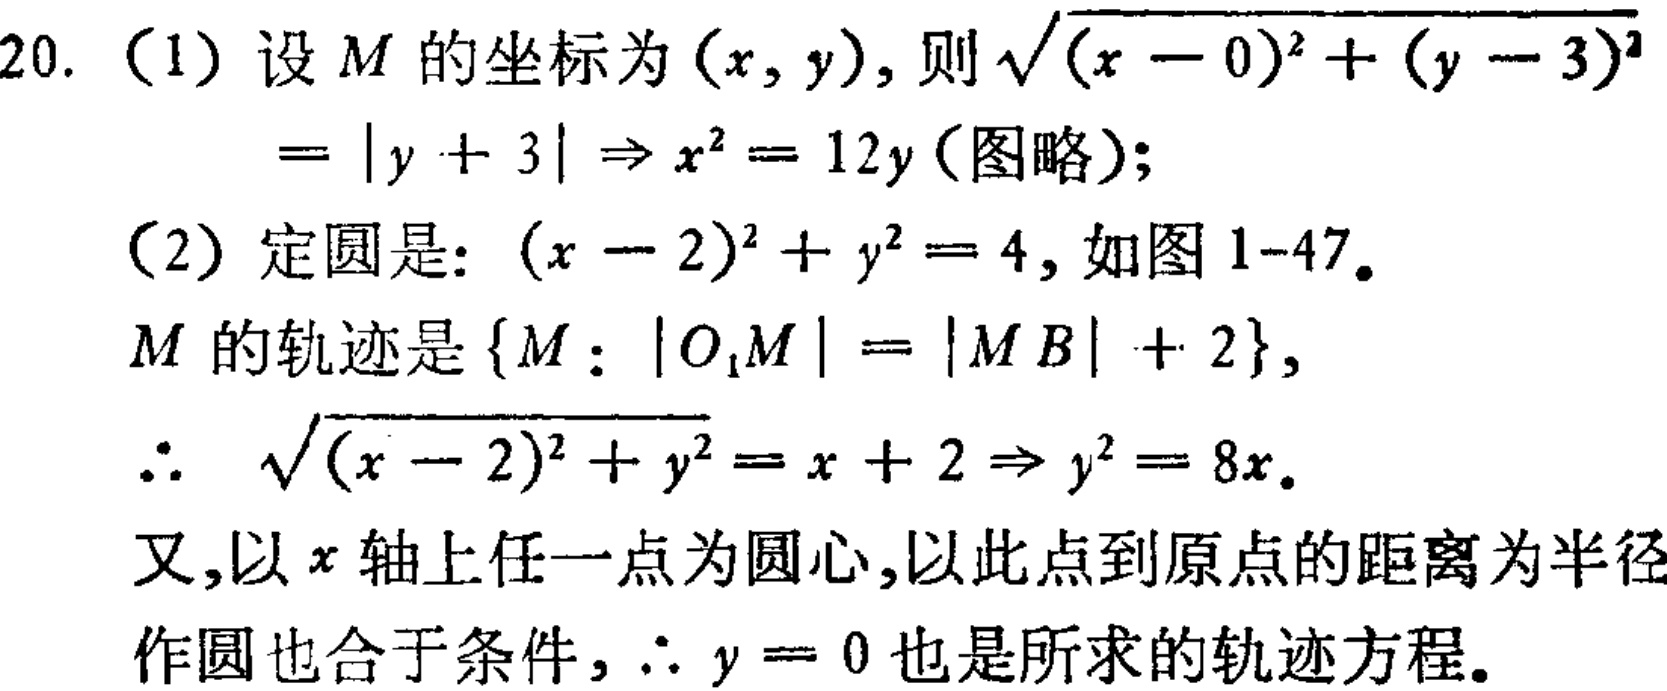
20. （1）设\(M\)的坐标为\((x,y)\)，则\(\sqrt{(x - 0)^2 + (y - 3)^2}=|y + 3|\Rightarrow x^{2}=12y\)（图略）；
（2）定圆是：\((x - 2)^2 + y^{2}=4\)，如图1-47。
\(M\)的轨迹是\(\{M:|O_{1}M| = |MB| + 2\}\)，
\(\therefore\sqrt{(x - 2)^2 + y^{2}}=x + 2\Rightarrow y^{2}=8x\)。
又，以\(x\)轴上任一点为圆心，以此点到原点的距离为半径
作圆也合于条件，\(\therefore y = 0\)也是所求的轨迹方程。